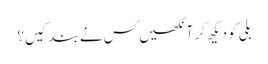
بلی کو دیکھ کر آنکھیں کس نے بند کیں؟